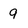
Character: 9